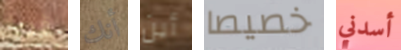
قريه أنك أين خصيصا أسدني